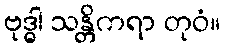
ဗုဒ္ဓါ သန္တိကရာ တုဝံ။